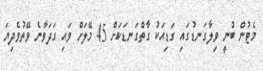
މެޓުން ބުނީ ވިލާގަނޑުގައި ގަޑިއަކު ގާތްގަނޑަކަށް 45 މޭލަށް ވައި ގަދަވާނެ ވޭތުވެދިޔަ